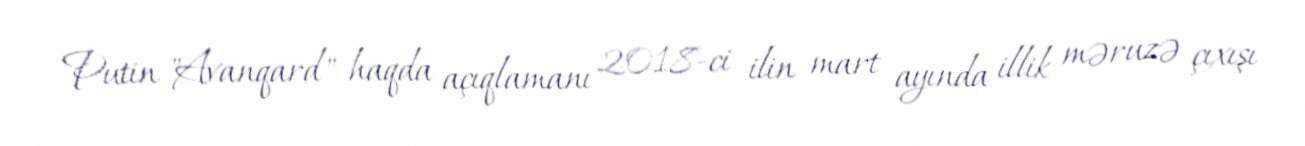
Putin "Avanqard" haqda açıqlamanı 2018-ci ilin mart ayında illik məruzə çıxışı